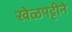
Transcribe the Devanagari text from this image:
खेळपट्टीने